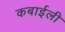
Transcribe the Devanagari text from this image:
कबाईली